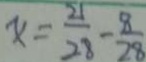
x = \frac { 2 1 } { 2 8 } - \frac { 8 } { 2 8 }